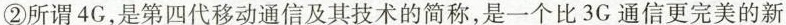
②所谓4G，是第四代移动通信及其技术的简称，是一个比3G通信更完美的新